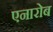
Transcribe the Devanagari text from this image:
एनारोब